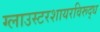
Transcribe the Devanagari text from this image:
ग्लाउस्टरशायरविरूद्ध